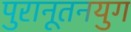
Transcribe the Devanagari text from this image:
पुरानूतनयुग